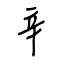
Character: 辛